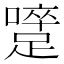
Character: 𨅇